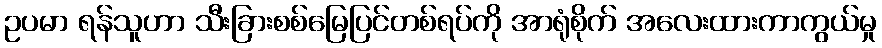
ဥပမာ ရန်သူဟာ သီးခြားစစ်မြေပြင်တစ်ရပ်ကို အာရုံစိုက် အလေးထားကာကွယ်မှု